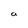
Character: a